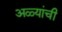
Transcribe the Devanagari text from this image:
अळ्यांची